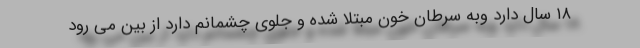
۱۸ سال دارد وبه سرطان خون مبتلا شده و جلوی چشمانم دارد از بین می رود